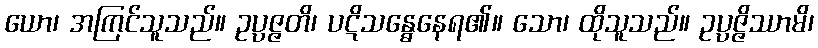
ယော၊ အကြင်သူသည်။ ဥပ္ပဇ္ဇတိ၊ ပဋိသန္ဓေနေရ၏။ သော၊ ထိုသူသည်။ ဥပ္ပဇ္ဇိဿာမိ၊